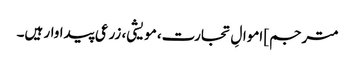
مترجم] اموالِ تجارت، مویشی، زرعی پیداوار ہیں۔